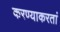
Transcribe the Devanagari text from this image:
करण्याकरतां